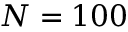
N = 1 0 0